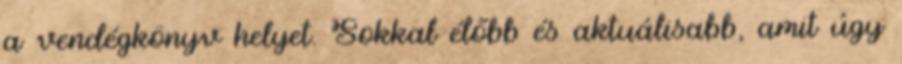
a vendégkönyv helyet. Sokkal élőbb és aktuálisabb, amit úgy